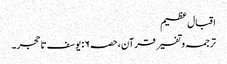
اقبال عظیم
ترجمہ و تفسیر قرآن،حصہ۶: یوسف تا حجر۔